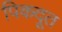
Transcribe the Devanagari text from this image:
पिकदूत